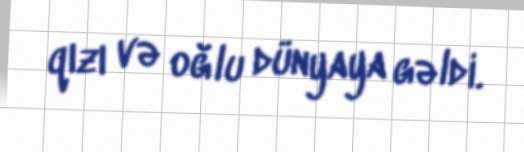
qızı və oğlu dünyaya gəldi.